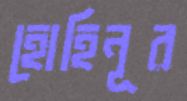
হোহিনূর